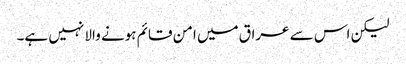
لیکن اس سے عراق میں امن قائم ہونے والا نہیں ہے۔